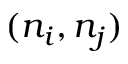
( n _ { i } , n _ { j } )